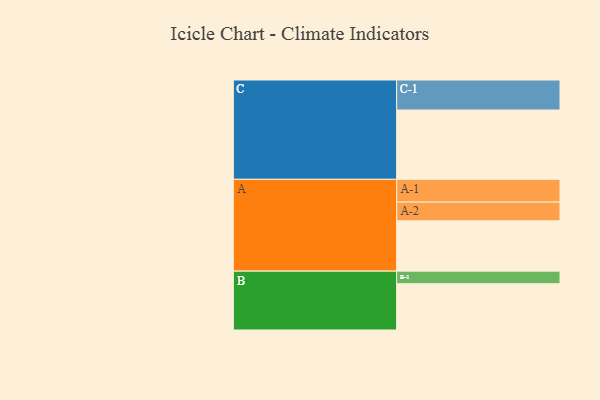
{"axis": {"x": "Segment", "y": "Value"}, "legend": ["", "A", "B", "C"], "data": [{"x": "A", "y": 415, "type": ""}, {"x": "B", "y": 382, "type": ""}, {"x": "C", "y": 572, "type": ""}, {"x": "A-1", "y": 188, "type": "A"}, {"x": "A-2", "y": 155, "type": "A"}, {"x": "B-1", "y": 104, "type": "B"}, {"x": "C-1", "y": 248, "type": "C"}]}